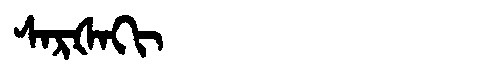
Manchu: ᠰᠠᡵᡧᠠᡴᡳ
Romanization: SARŠAKI